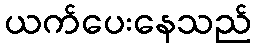
ယက်ပေးနေသည်